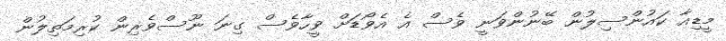
މީޑިއާ ކައުންސިލުން ބޭނުންވަނީ ވެސް އެ އެވޯޑަށް ވީހާވެސް ގިނަ ނޫސްވެރިން ކުރިމަތިލުން